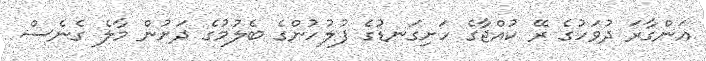
އަންގާރަ ދުވަހުގެ ރޭ ކުއްޖާގެ ހަށިގަނޑުގެ ފުލުހުންގެ ބެލުމުގެ ދަށުން މާލެ ގެނެސް